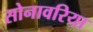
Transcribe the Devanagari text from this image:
सोनावरिया